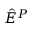
\hat { E } ^ { P }